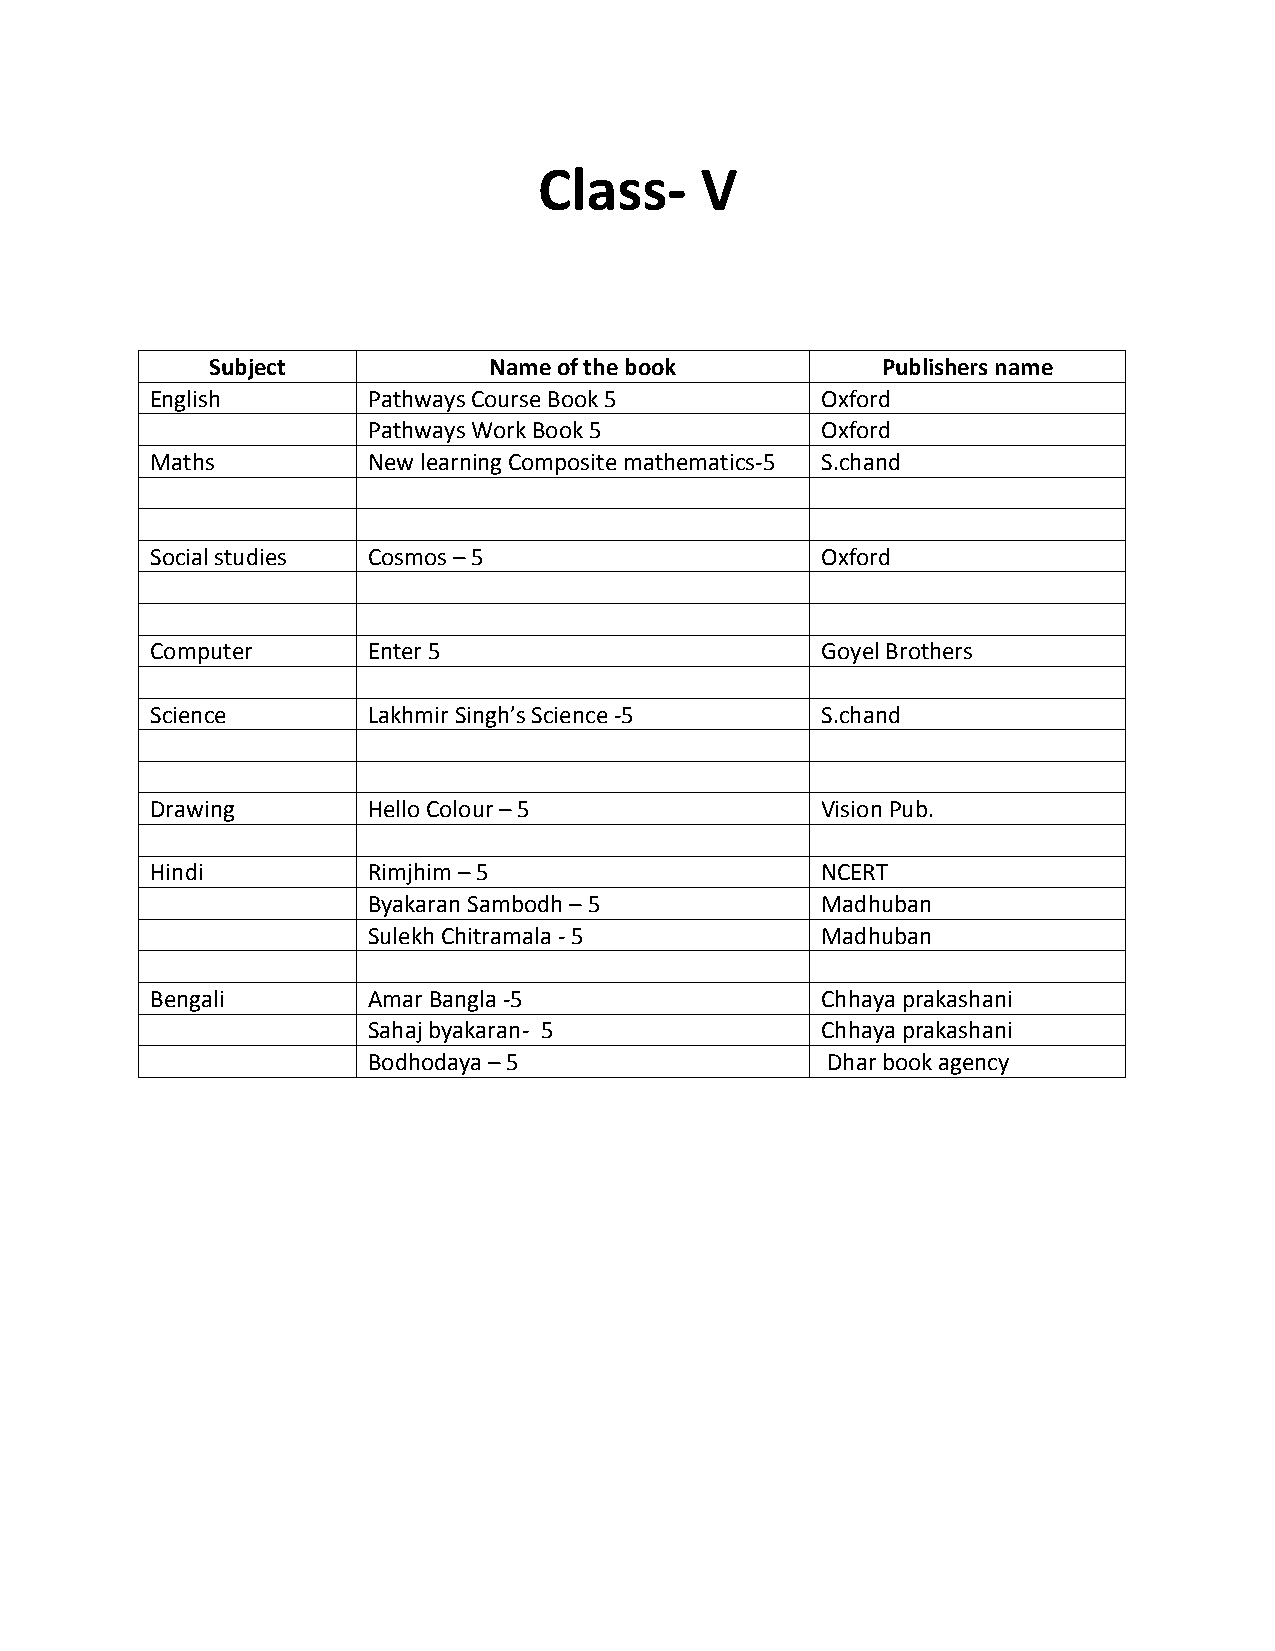
Class-    V
 Subject           Name of the book          Publishers name
 English       Pathways Course Book 5        Oxford
 Pathways Work Book 5          Oxford
 Maths         New learning Composite mathematics-5 S.chand
 Social studies Cosmos – 5                   Oxford
 Computer      Enter 5                       Goyel Brothers
 Science       Lakhmir Singh’s Science -5    S.chand
 Drawing       Hello Colour – 5              Vision Pub.
 Hindi         Rimjhim – 5                   NCERT
 Byakaran Sambodh – 5          Madhuban
 Sulekh Chitramala - 5         Madhuban
 Bengali       Amar Bangla -5                Chhaya prakashani
 Sahaj byakaran- 5             Chhaya prakashani
 Bodhodaya – 5                  Dhar book agency